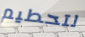
لتحطيم